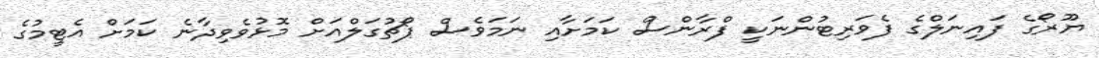
ޔޫރޯގެ ފައިނަލްގެ ފެވަރިޓުންނަކީ ފްރާންސް ކަމަށާއި ނަމަވެސް ޕޯޗުގަލްއަށް މޮޅުވެވިދާނެ ކަމަށް އެޓީމުގެ